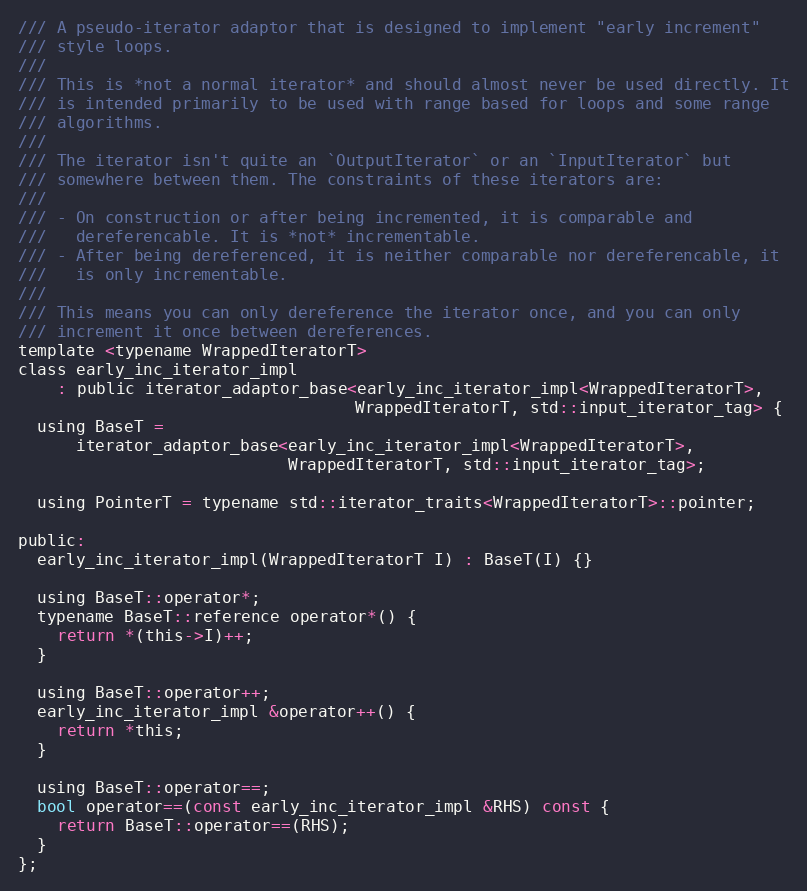
Language: C
/// A pseudo-iterator adaptor that is designed to implement "early increment"
/// style loops.
///
/// This is *not a normal iterator* and should almost never be used directly. It
/// is intended primarily to be used with range based for loops and some range
/// algorithms.
///
/// The iterator isn't quite an `OutputIterator` or an `InputIterator` but
/// somewhere between them. The constraints of these iterators are:
///
/// - On construction or after being incremented, it is comparable and
///   dereferencable. It is *not* incrementable.
/// - After being dereferenced, it is neither comparable nor dereferencable, it
///   is only incrementable.
///
/// This means you can only dereference the iterator once, and you can only
/// increment it once between dereferences.
template <typename WrappedIteratorT>
class early_inc_iterator_impl
    : public iterator_adaptor_base<early_inc_iterator_impl<WrappedIteratorT>,
                                   WrappedIteratorT, std::input_iterator_tag> {
  using BaseT =
      iterator_adaptor_base<early_inc_iterator_impl<WrappedIteratorT>,
                            WrappedIteratorT, std::input_iterator_tag>;

  using PointerT = typename std::iterator_traits<WrappedIteratorT>::pointer;

public:
  early_inc_iterator_impl(WrappedIteratorT I) : BaseT(I) {}

  using BaseT::operator*;
  typename BaseT::reference operator*() {
    return *(this->I)++;
  }

  using BaseT::operator++;
  early_inc_iterator_impl &operator++() {
    return *this;
  }

  using BaseT::operator==;
  bool operator==(const early_inc_iterator_impl &RHS) const {
    return BaseT::operator==(RHS);
  }
};